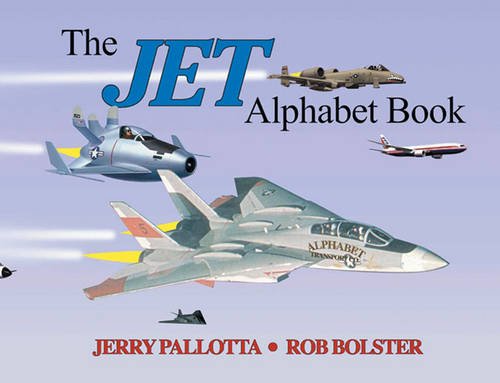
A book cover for The Jet Alphabet Book; Jerry Pallotta; Children's Books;